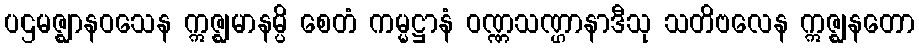
ပဌမဇ္ဈာနဝသေန ဣဇ္ဈမာနမ္ပိ စေတံ ကမ္မဋ္ဌာနံ ဝဏ္ဏသဏ္ဌာနာဒီသု သတိဗလေန ဣဇ္ဈနတော